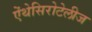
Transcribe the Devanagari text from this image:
ऐंथेसिरोटेलीज